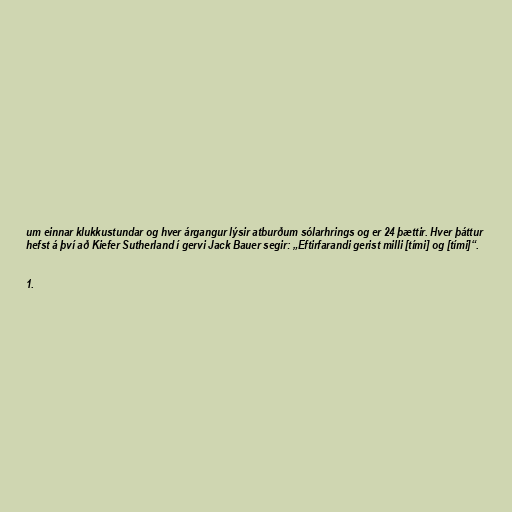
um einnar klukkustundar og hver árgangur lýsir atburðum sólarhrings og er 24 þættir. Hver þáttur
hefst á því að Kiefer Sutherland í gervi Jack Bauer segir: „Eftirfarandi gerist milli [tími] og [tími]“.

1.